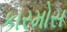
કારમોસ